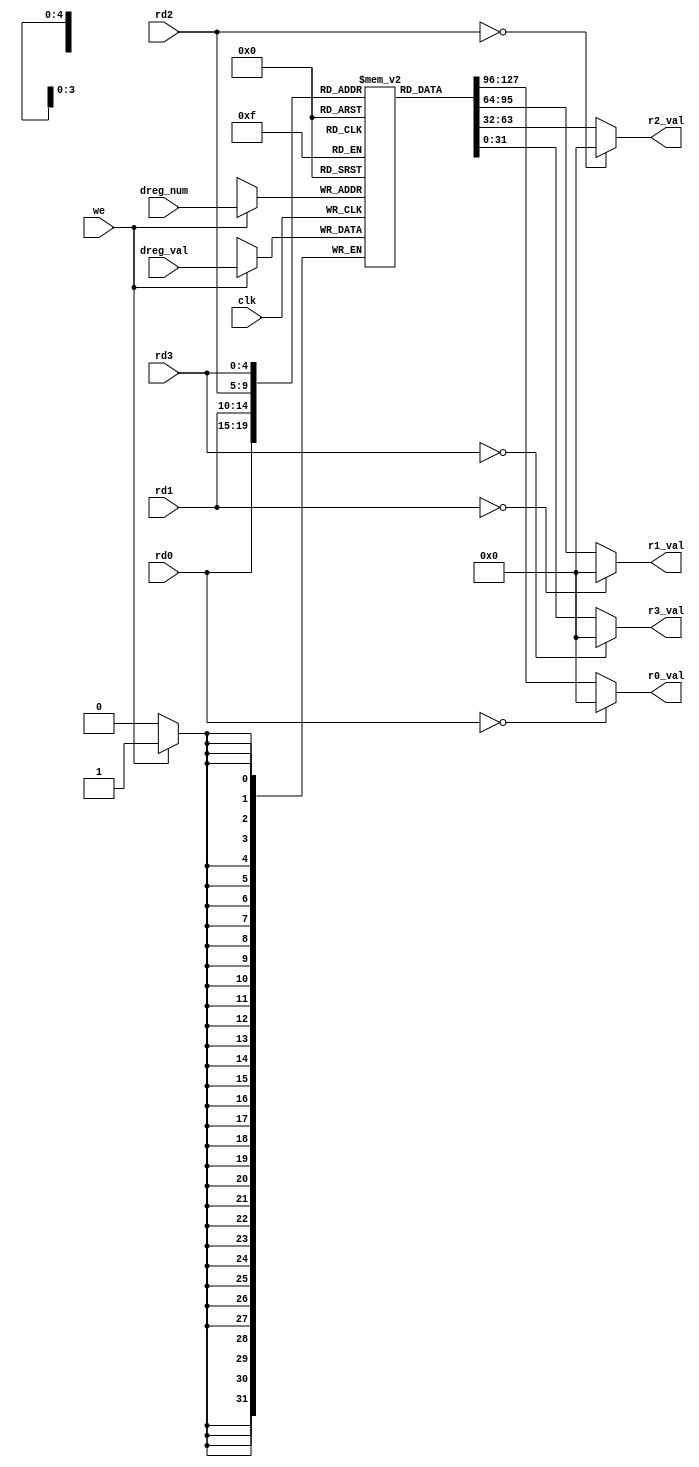
module riscv_regfile
(
    // Inputs
    input clk,
	input wire  we,
    input wire [4:0]  rd0,
    input wire [4:0]  rd1,
	input wire [4:0] rd2,
    input wire [4:0] rd3,
    input wire [4:0] dreg_num,
    input wire [31:0] dreg_val,
    output wire[ 31:0]  r0_val,
    output wire [ 31:0]  r1_val,
	output wire[ 31:0]  r2_val,
	output wire[ 31:0]  r3_val
);
 reg [31:0] regfile [0:31]; 
 integer i;
 initial  begin
		for(i = 0; i < 32; i=i+1) begin 
			regfile[i] <= 32'h0;
			end
			end
always @(posedge clk)
	begin
        if (we) regfile[dreg_num] <= dreg_val;
    end
	
    assign r0_val = (rd0 == 5'd0) ? 32'd0 : regfile[rd0];
	assign r1_val = (rd1 == 5'd0) ? 32'd0 : regfile[rd1];
	assign r2_val = (rd2 == 5'd0) ? 32'd0 : regfile[rd2];
	assign r3_val = (rd3 == 5'd0) ? 32'd0 : regfile[rd3];

endmodule